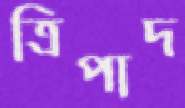
ত্রিপাদ